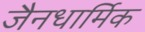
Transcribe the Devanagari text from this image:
जैनधार्मिक